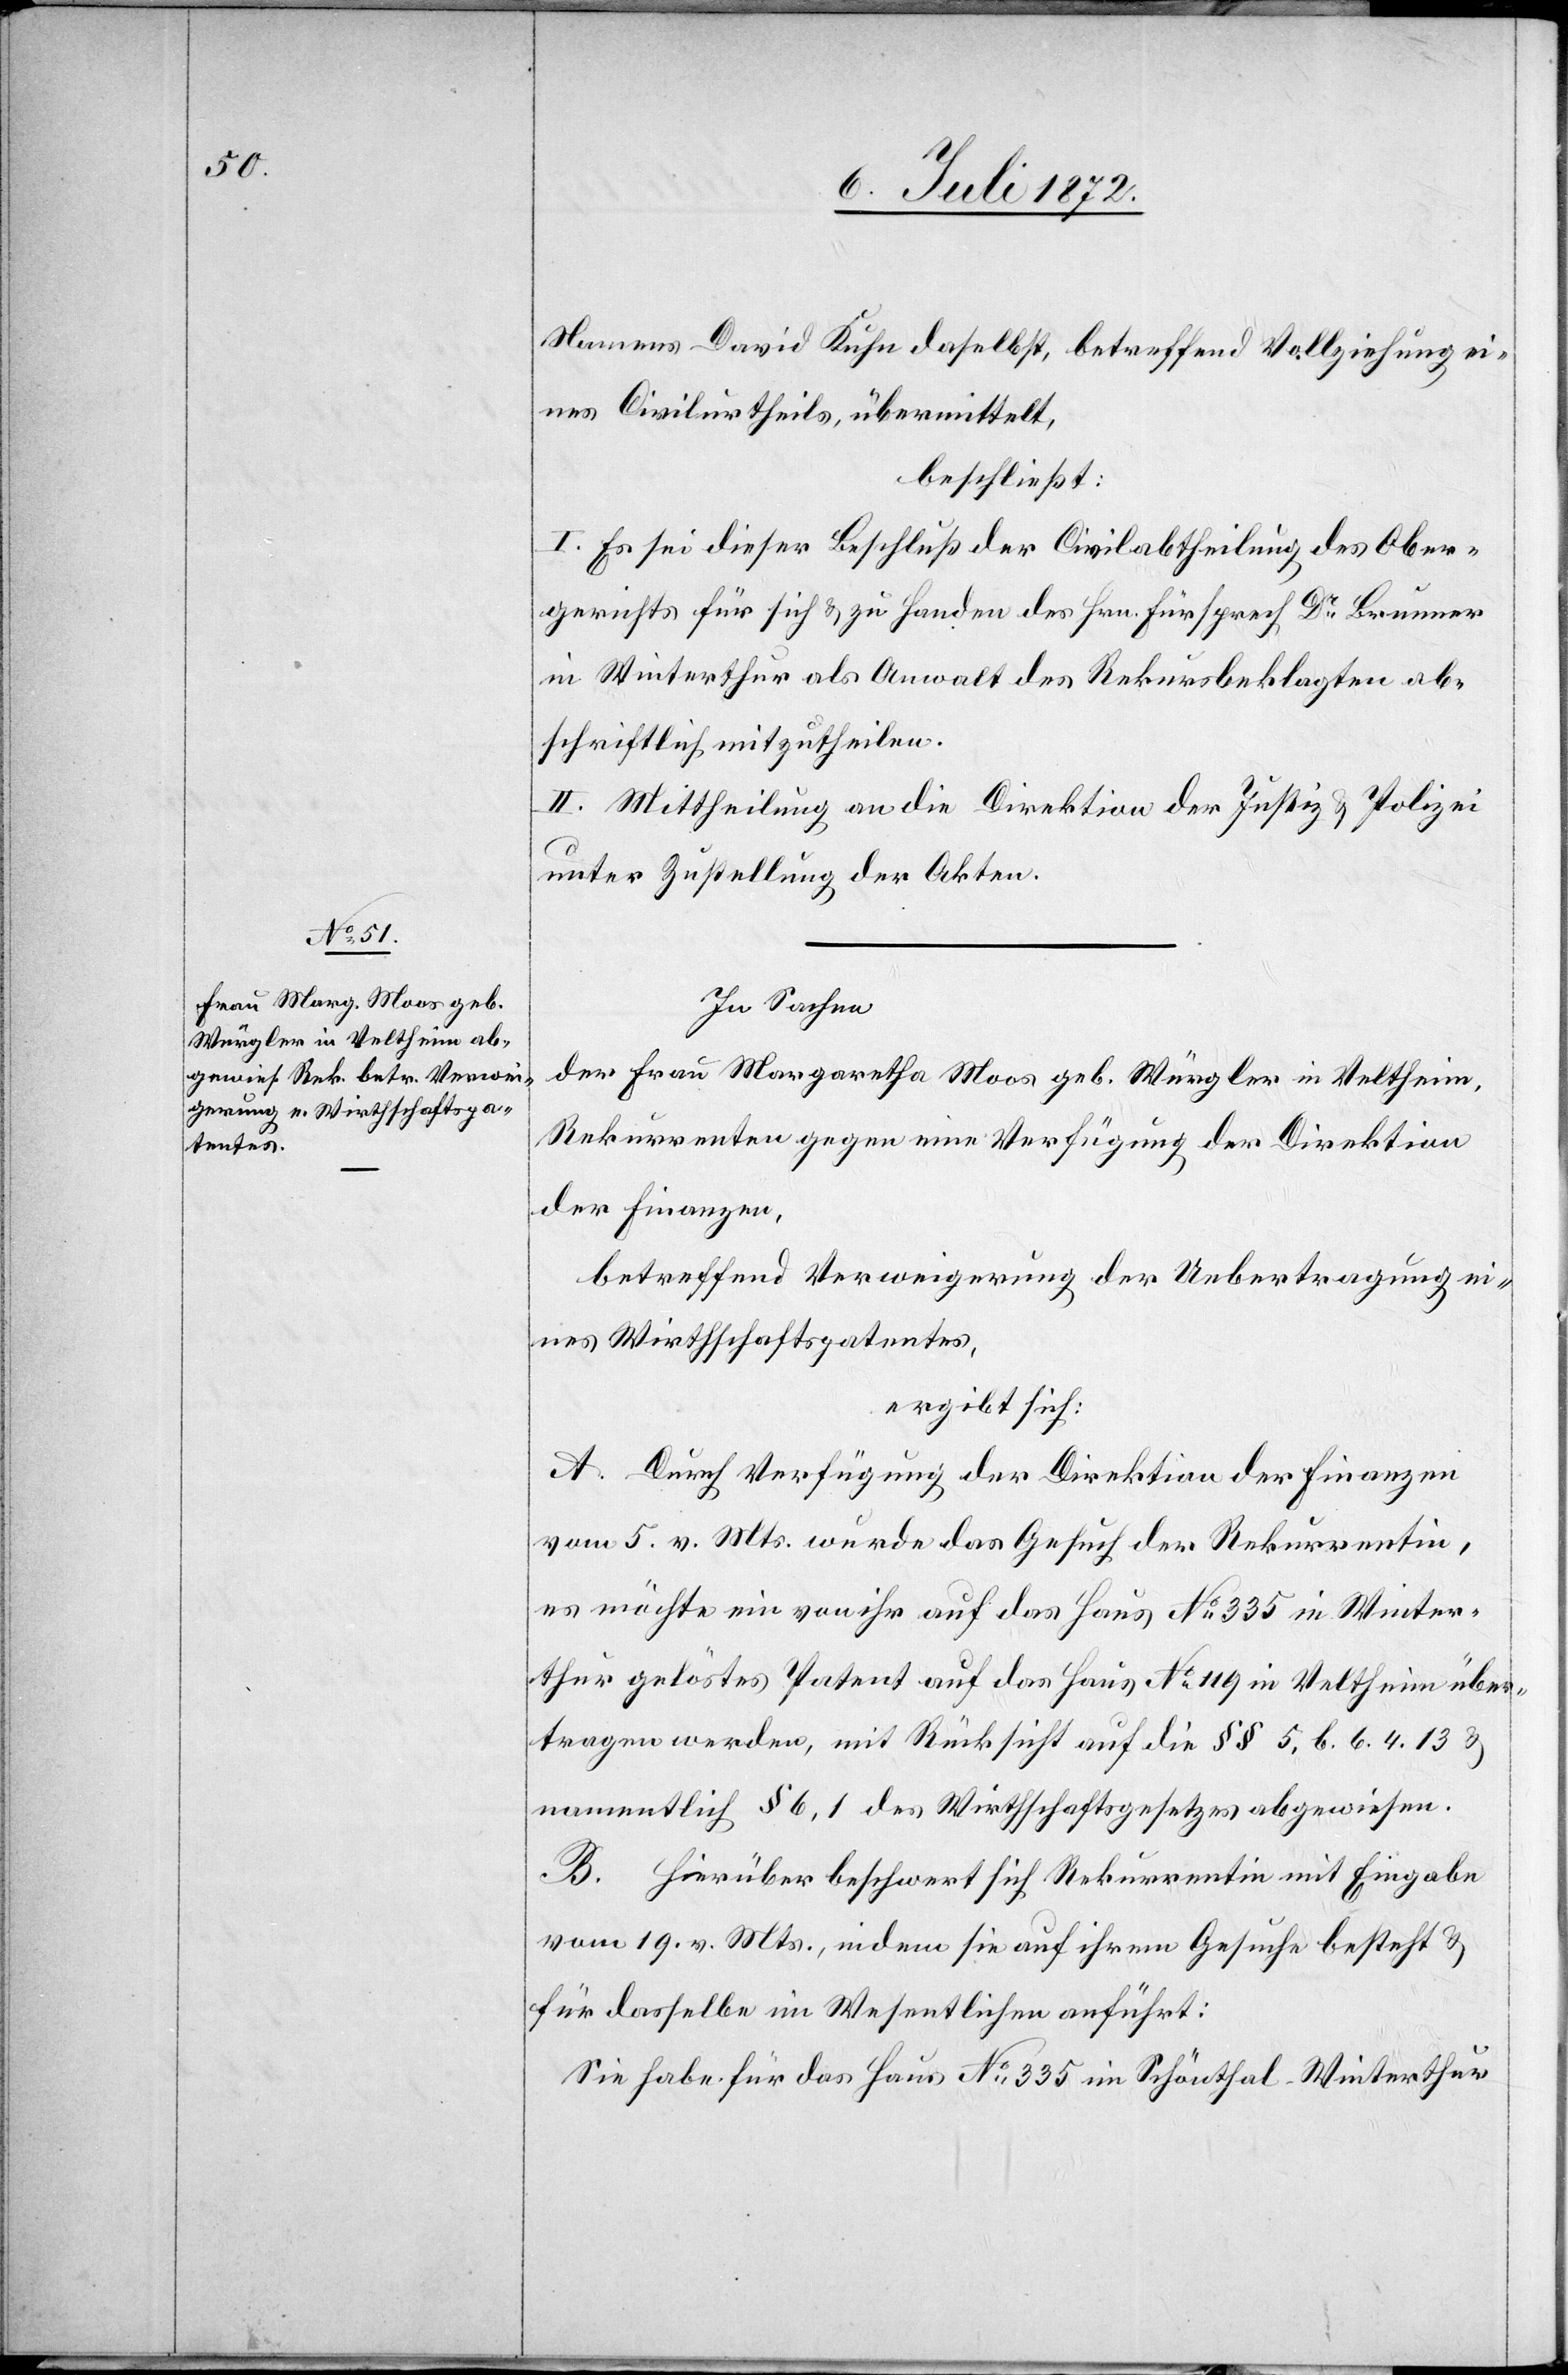
Namens David Kuhn daselbst, betreffend Vollziehung ei¬
nes Civilurtheils, übermittelt,
beschließt:
I. Es sei dieser Beschluß der Civilabtheilung des Ober¬
gerichts für sich u. zu Handen des Hrn. Fürsprech Dr Brunner
in Winterthur als Anwalt des Rekursbeklagten ab¬
schriftlich mitzutheilen.
II. Mittheilung an die Direktion der Justiz u. Polizei
unter Zustellung der Akten.
In Sachen
der Frau Margaretha Moos geb. Würgler in Veltheim,
Rekurrenten gegen eine Verfügung der Direktion
der Finanzen,
betreffend Verweigerung der Uebertragung ei¬
nes Wirthschaftspatentes,
ergibt sich:
A. Durch Verfügung der Direktion der Finanzen
vom 5. v. Mts. wurde das Gesuch der Rekurrentin,
es möchte ein von ihr auf das Haus No 335 in Winter¬
thur gelöstes Patent auf das Haus No 119 in Veltheim über¬
tragen werden, mit Rücksicht auf die §§ 5,b. 6. 4. 13 u.
namentlich § 6,1 des Wirthschaftsgesetzes abgewiesen.
B. Hierüber beschwert sich Rekurrentin mit Eingabe
vom 19. v. Mts., indem sie auf ihrem Gesuche besteht u.
für dasselbe im Wesentlichen anführt:
Sie habe für das Haus No 335 im Schönthal-Winterthur